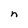
Character: n